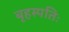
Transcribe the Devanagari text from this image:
बृहस्पतिः